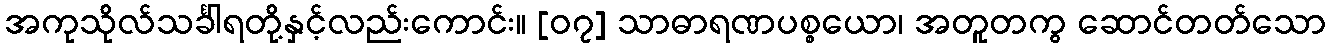
အကုသိုလ်သင်္ခါရတို့နှင့်လည်းကောင်း။ [၀၇] သာဓာရဏပစ္စယော၊ အတူတကွ ဆောင်တတ်သော